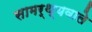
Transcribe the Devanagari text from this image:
सामर्थ्यवाले